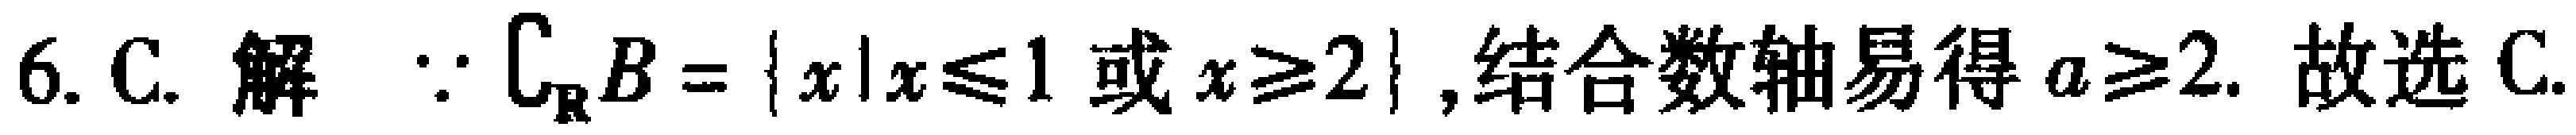
6. C. 解 $\because \complement_{\mathbb{R}}B = \{x|x\leqslant 1\text{ 或 }x\geqslant 2\}$, 结合数轴易得 $a\geqslant 2$. 故选 C.